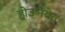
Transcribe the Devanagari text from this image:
होऊनयेत